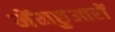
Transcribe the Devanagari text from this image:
मेंमछुआरों